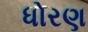
ધોરણ